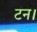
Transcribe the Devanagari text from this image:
टन।